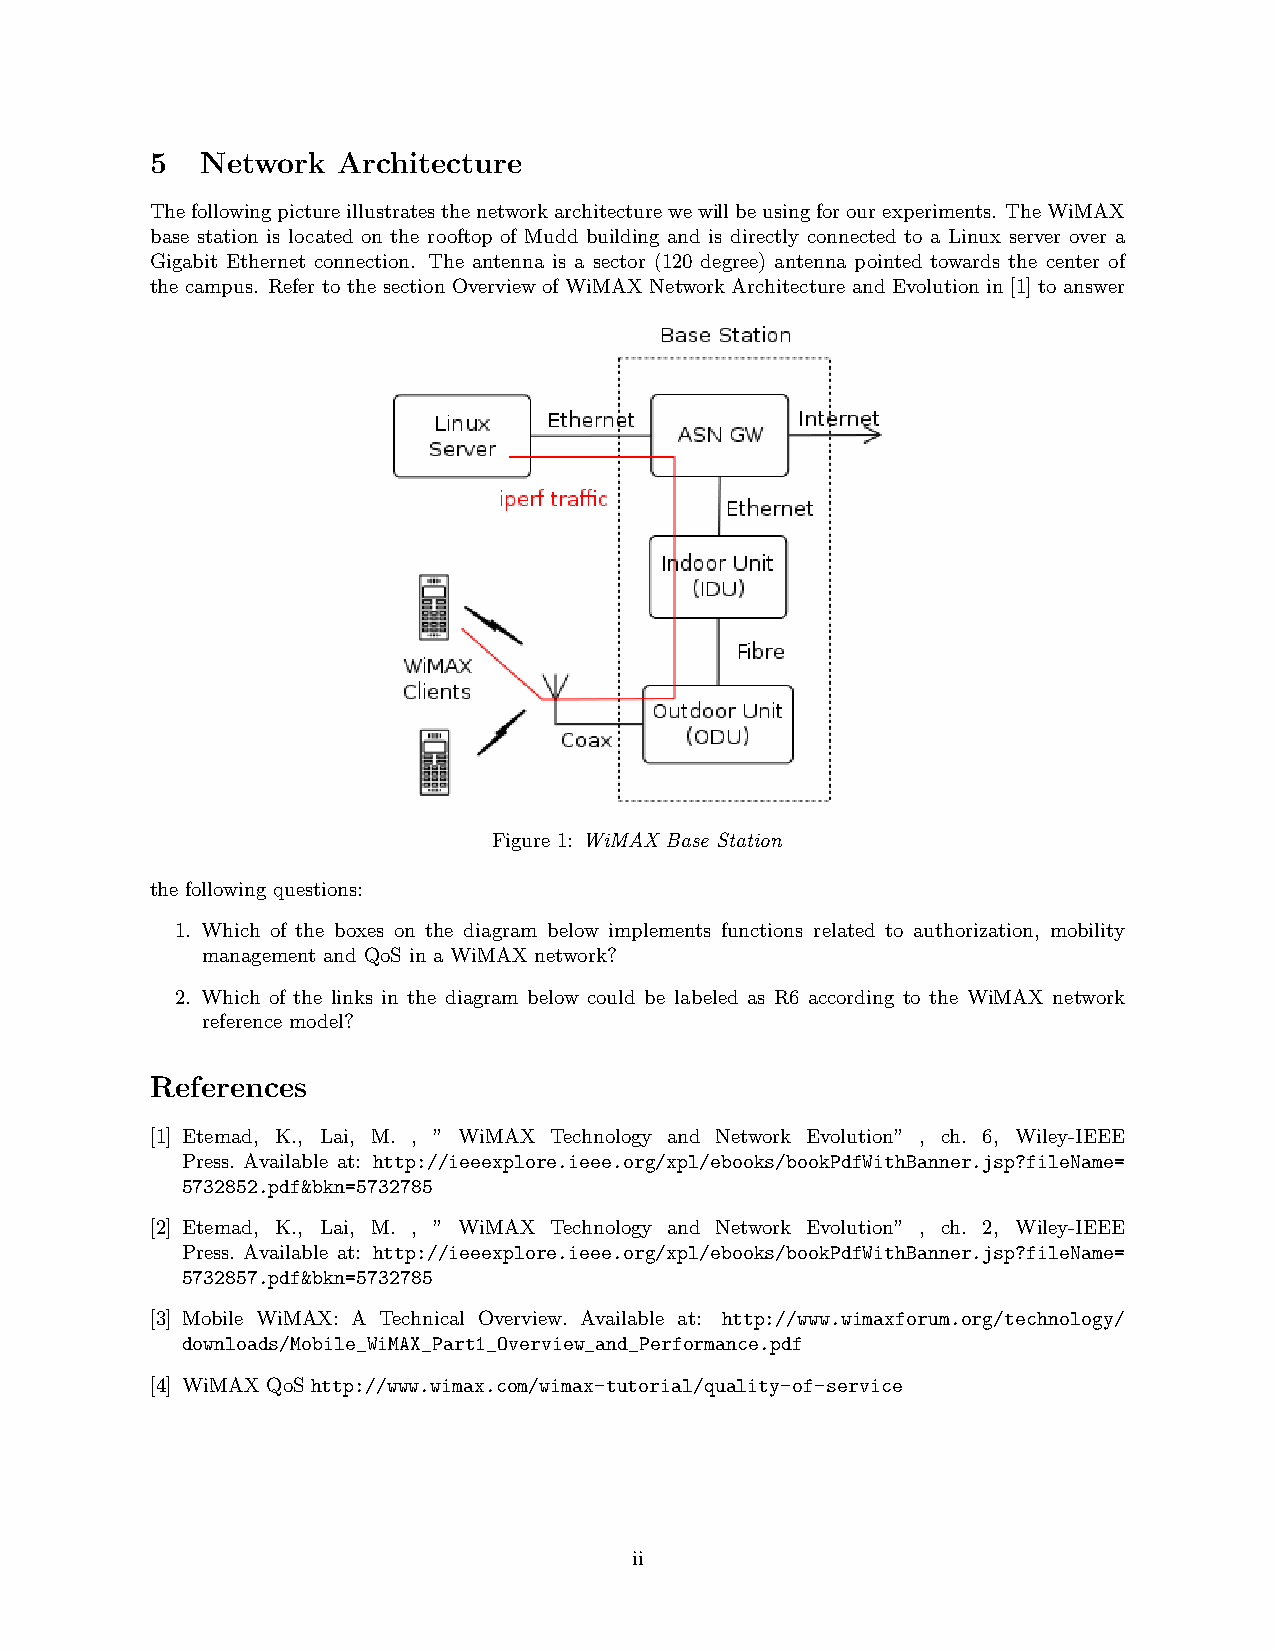
5  Network  Architecture
 Thefollowingpictureillustratesthenetworkarchitecturewewillbeusingforourexperiments. TheWiMAX
 base station is located on the rooftop of Mudd building and is directly connected to a Linux server over a
 Gigabit Ethernet connection. The antenna is a sector (120 degree) antenna pointed towards the center of
 the campus. Refer to the section Overview of WiMAX Network Architecture and Evolution in [1] to answer
 Figure 1: WiMAX Base Station
 the following questions:
 1. Which of the boxes on the diagram below implements functions related to authorization, mobility
 management and QoS in a WiMAX network?
 2. Which of the links in the diagram below could be labeled as R6 according to the WiMAX network
 reference model?
 References
 [1] Etemad, K., Lai, M. , ” WiMAX Technology and Network Evolution” , ch. 6, Wiley-IEEE
 Press. Available at: http://ieeexplore.ieee.org/xpl/ebooks/bookPdfWithBanner.jsp?fileName=
 5732852.pdf&bkn=5732785
 [2] Etemad, K., Lai, M. , ” WiMAX Technology and Network Evolution” , ch. 2, Wiley-IEEE
 Press. Available at: http://ieeexplore.ieee.org/xpl/ebooks/bookPdfWithBanner.jsp?fileName=
 5732857.pdf&bkn=5732785
 [3] Mobile WiMAX: A Technical Overview. Available at: http://www.wimaxforum.org/technology/
 downloads/Mobile_WiMAX_Part1_Overview_and_Performance.pdf
 [4] WiMAX QoS http://www.wimax.com/wimax-tutorial/quality-of-service
 ii